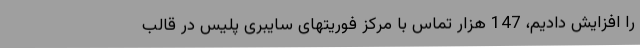
را افزایش دادیم، 147 هزار تماس با مرکز فوریتهای سایبری پلیس در قالب